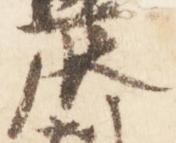
辰